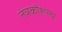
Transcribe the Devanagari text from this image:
तंत्रकौशल्य